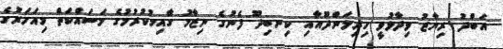
އަބްދު ރިޔާޒު ވިދާޅުވީ ހިރިލަންދޫއާއި ކިނބިދޫ ފެނުގެ ނިޒާމު ގާއިމުކުރުމުގެ މަސައްކަތް މިއަހަރުގެ